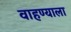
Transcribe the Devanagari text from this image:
वाहण्याला